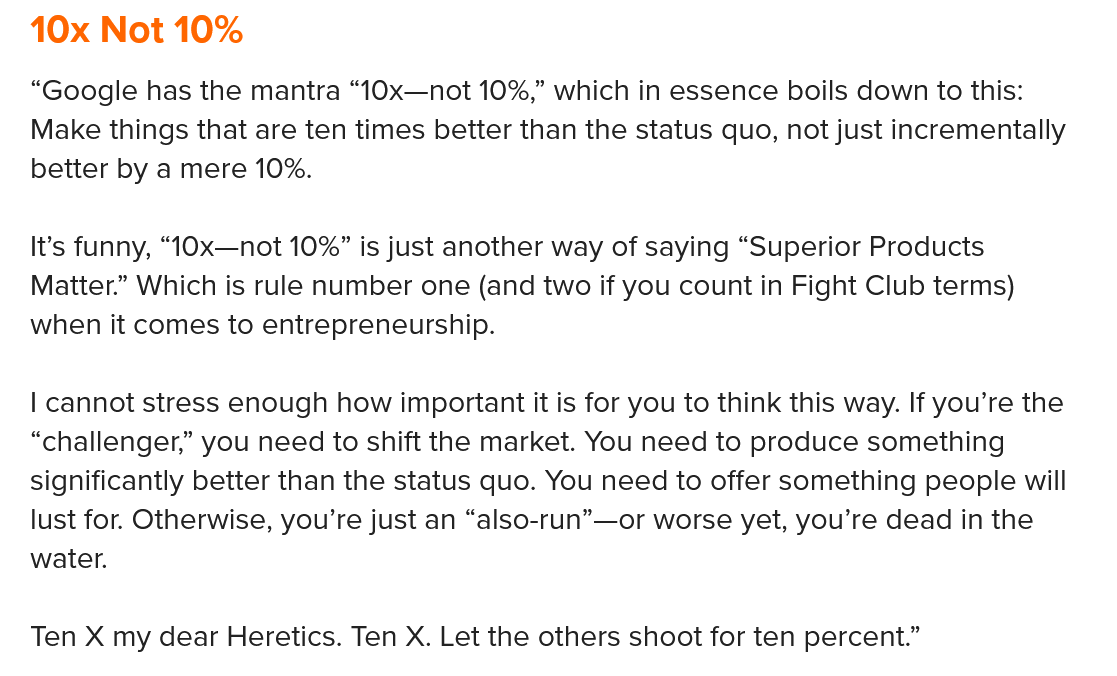
“Google has the mantra “10x—not 10%,” which in essence boils down to this:
   Make things that are ten times better than the status quo, not just incrementally
   better by a mere 10%.
   It’s funny, “10x—not 10%” is just another way of saying “Superior Products
   Matter.” Which is rule number one (and two if you count in Fight Club terms)
   when it comes to entrepreneurship.
   | cannot stress enough how important it is for you to think this way. If you’re the
   “challenger,” you need to shift the market. You need to produce something
   significantly better than the status quo. You need to offer something people will
   lust for. Otherwise, you’re just an “also-run”—or worse yet, you’re dead in the
   water.
   Ten X my dear Heretics. Ten X. Let the others shoot for ten percent.”
   10x Not  10%